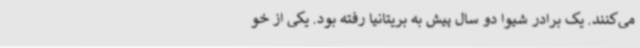
می‌کنند. یک برادر شیوا دو سال پیش به بریتانیا رفته بود. یکی از خو